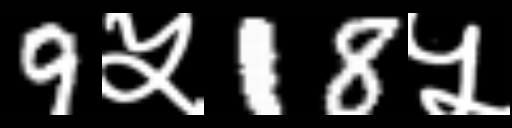
Text: 9५18५